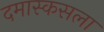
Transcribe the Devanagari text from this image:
दमास्कसला